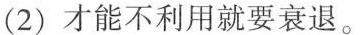
(2)才能不利用就要衰退。